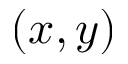
( x , y )